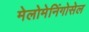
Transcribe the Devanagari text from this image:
मेलोमेनिंगोसेल